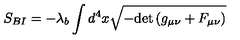
S _ { B I } = - \lambda _ { b } \int { d ^ { 4 } x \sqrt { - \mathrm { d e t } \left( g _ { \mu \nu } + F _ { \mu \nu } \right) } }